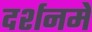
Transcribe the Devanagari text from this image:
दर्शनमें